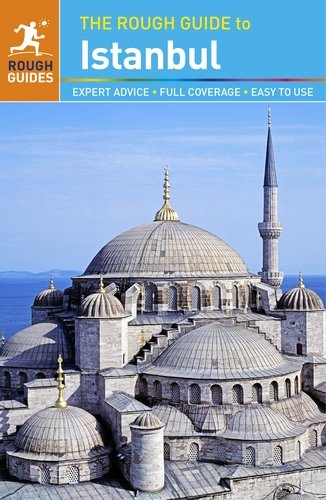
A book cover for The Rough Guide to Istanbul; Rough Guides; Travel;